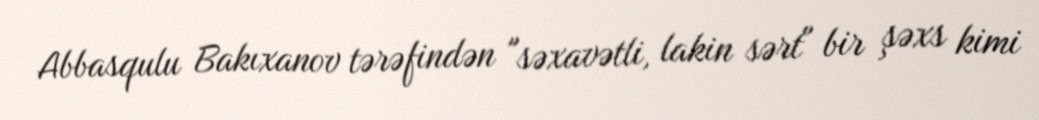
Abbasqulu Bakıxanov tərəfindən "səxavətli, lakin sərt" bir şəxs kimi